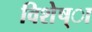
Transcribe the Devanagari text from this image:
विशेष्ा